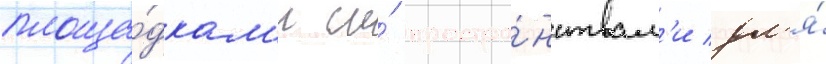
площа́дкам'и и́ простра́нствам'и дл'я́